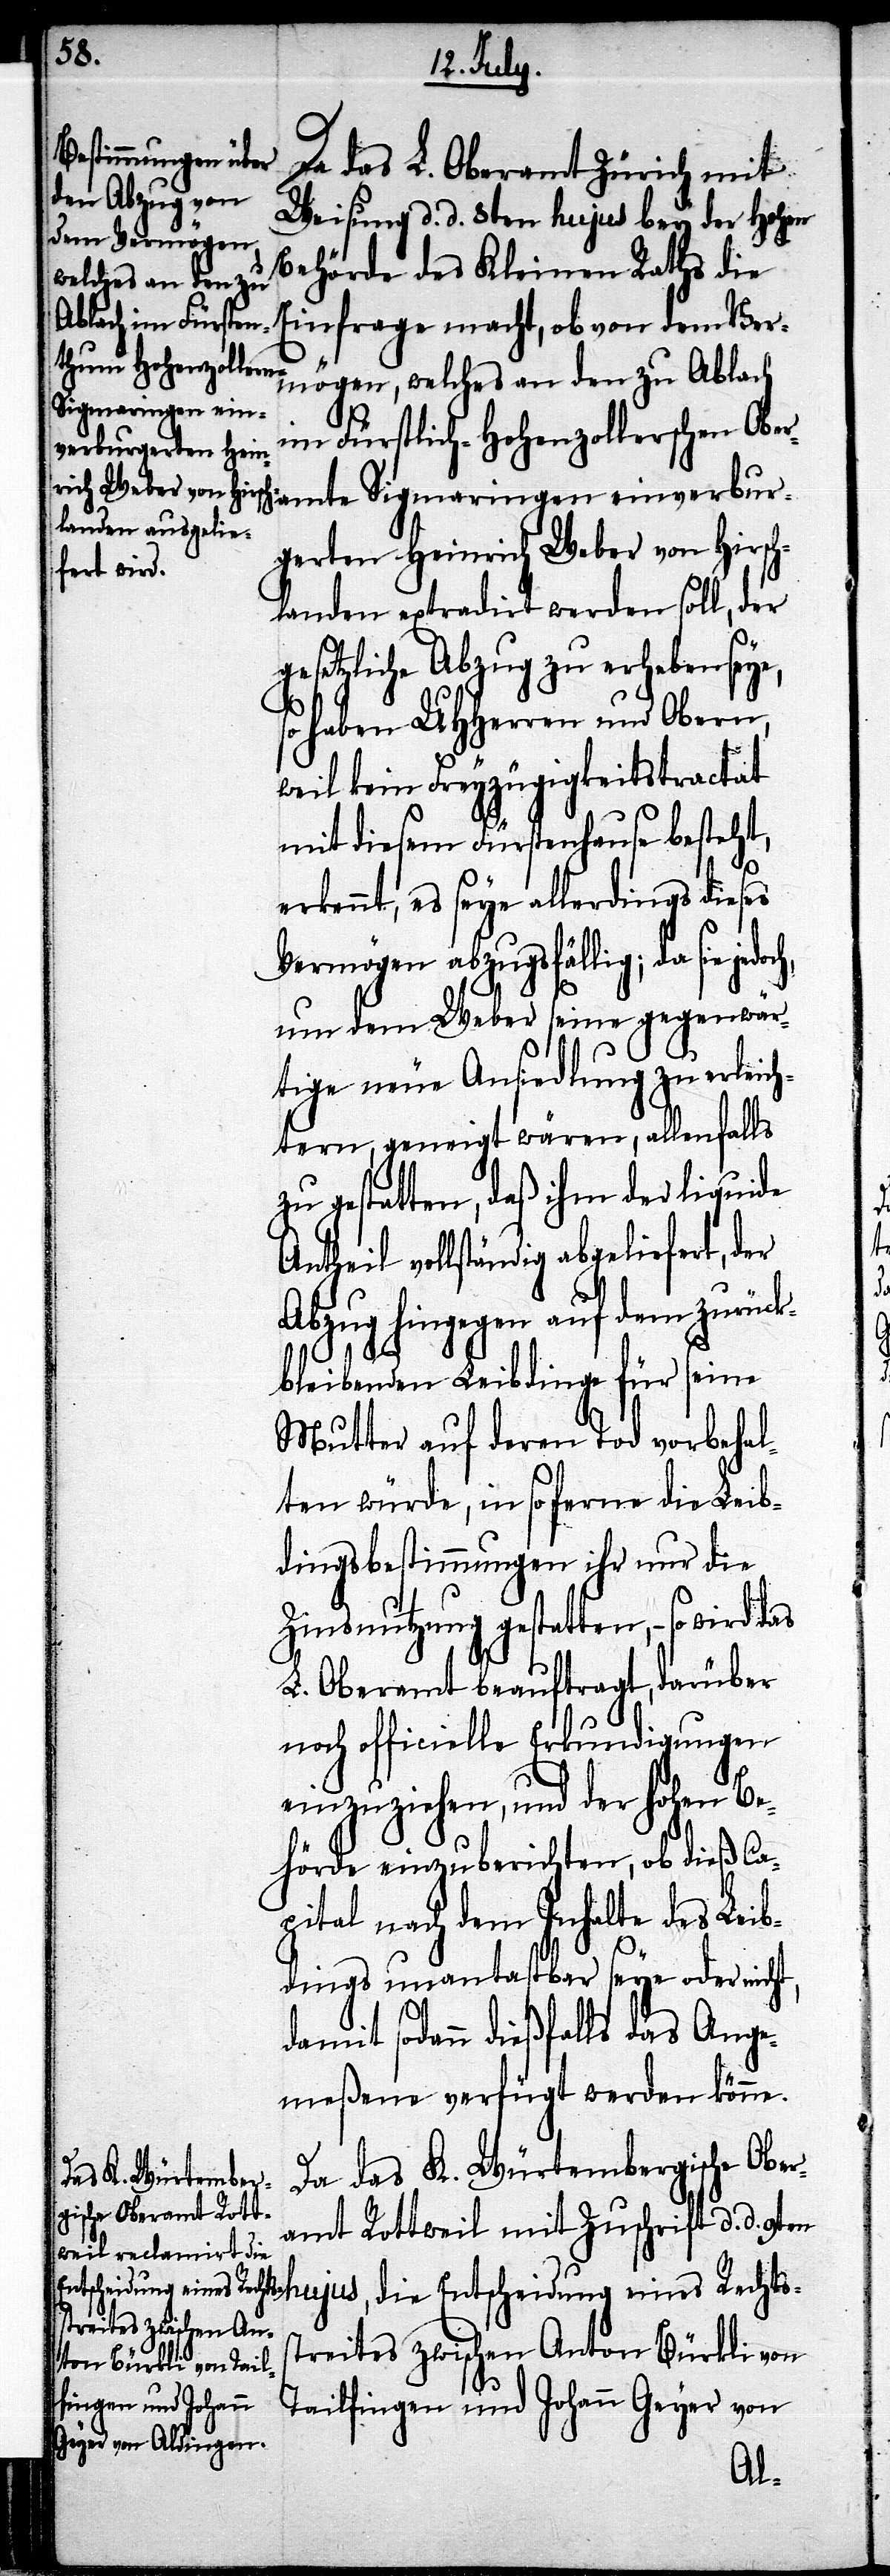
t,
Da das L. Oberamt Zürich mit
Weisung d. d. 8ten hujus bey der Hohen
Behörde des Kleinen Raths die
Einfrage macht, ob von dem Ver¬
mögen, welches an den zu Ablach
Sigmaringen ein¬
im Fürstlich-Hohenzollerschen Ober¬
gerten Heinrich Weber von Hirsch¬
landen extradirt werden soll, der
gesetzliche Abzug zu erheben seye,
so haben UHHerren und Obern,
weil kein Freyzügigkeitstractat
mit diesem Fürstenhause besteht,
erkennt, es seye allerdings dieses
Vermögen abzugsfällig; da sie jedoch,
um dem Weber seine gegenwär¬
tige neue Ansiedlung zu erleich¬
tern, geneigt wären, allenfalls
zu gestatten, daß ihm der liquide
Antheil vollständig abgeliefert, der
Abzug hingegen auf dem zurüc¬
kbleibenden Leibdinge für seine
Mutter auf deren Tod vorbehal¬
ten würde, in so ferne die Leib¬
dingsbestimmungen ihr nur die
Zinsnutzung gestatten, – so wird
L. Oberamt beauftragt, darüber
noch officielle Erkundigungen
einzuziehen, und der Hohen Be¬
hörde einzuberichten, ob dieß Ca¬
pital nach dem Inhalte des Leib¬
dings unantastbar seye oder nich¬
damit sodann dießfalls das Ange¬
meßene verfügt werden könne.
Da das K. Würtembergische Obe¬
ramt Rottweil mit Zuschrift d. d. 9ten
hujus, die Entscheidung eines Rechts¬
streites zwischen Anton Bürkli von
Tailfingen und Johann Geyer von
amte